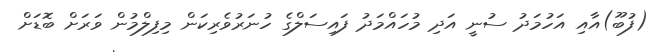
(ފުބޫ)އާއި އަހުމަދު ސުނީ އަދި މުހައްމަދު ފައިސަލްގެ ހުނަރުވެރިކަން މިފިލްމުން ވަރަށް ބޮޑަށް